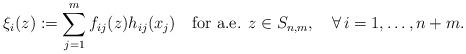
LaTeX: \begin{align*}\xi_i(z):=\sum_{j=1}^m f_{ij}(z)h_{ij}(x_j)\quad\hbox{for a.e. } z\in S_{n,m},\quad\forall\, i=1,\ldots,n+m.\end{align*}